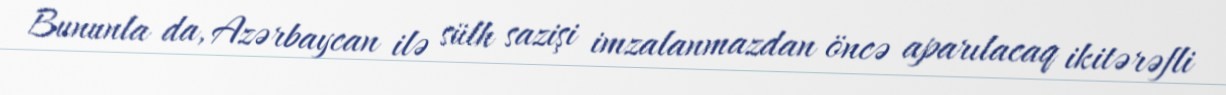
Bununla da, Azərbaycan ilə sülh sazişi imzalanmazdan öncə aparılacaq ikitərəfli